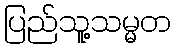
ပြည်သူ့သမ္မတ